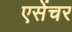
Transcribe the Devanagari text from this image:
एसेंचर